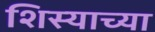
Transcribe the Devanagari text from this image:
शिस्याच्या